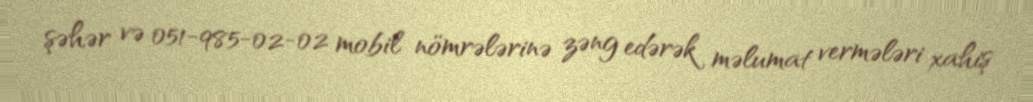
şəhər və 051-985-02-02 mobil nömrələrinə zəng edərək məlumat vermələri xahiş